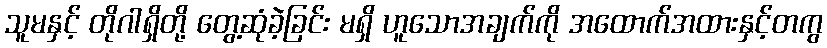
သူမနှင့် တိုဂါရှိတို့ တွေ့ဆုံခဲ့ခြင်း မရှိ ဟူသောအချက်ကို အထောက်အထားနှင့်တကွ